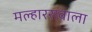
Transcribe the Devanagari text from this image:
मल्हाररावाला